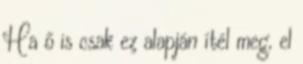
Ha ő is csak ez alapján ítél meg, el